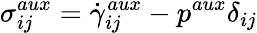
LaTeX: \sigma_{ij}^{aux}=\dot{\gamma}_{ij}^{aux}-p^{aux}\delta_{ij}